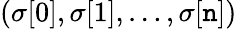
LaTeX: (\sigma[0],\sigma[1],\dots,\sigma[\mathtt{n}])